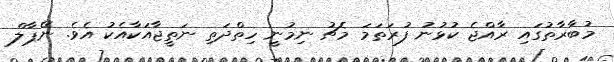
މުބާރާތުގައި ރާއްޖެ ކުޅުނު ފުރަތަމަ މެޗު ނިމުނީ ހިތްދަތި ނަތީޖާއަކާއެކު އެވެ. ނޭޕާލް